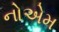
નોએમ